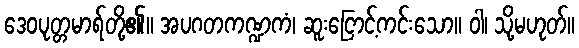
ဒေဝပုတ္တမာရ်တို့၏။ အပဂတကဏ္ဍကံ၊ ဆူးငြောင့်ကင်းသော။ ဝါ၊ သို့မဟုတ်။